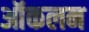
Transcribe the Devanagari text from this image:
ऑकलन